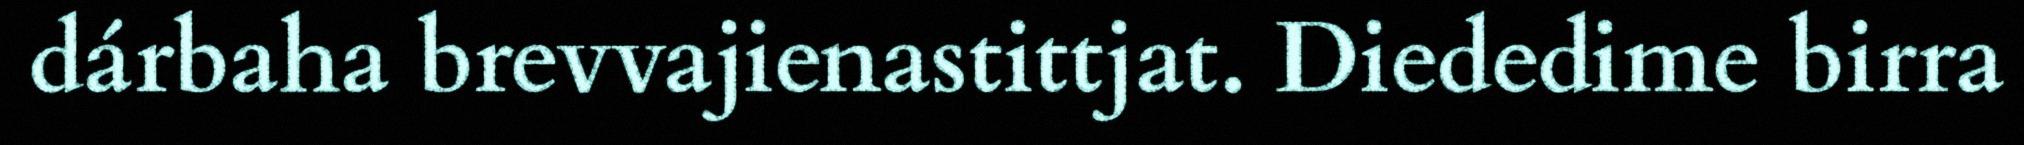
dárbaha brevvajienastittjat. Diededime birra